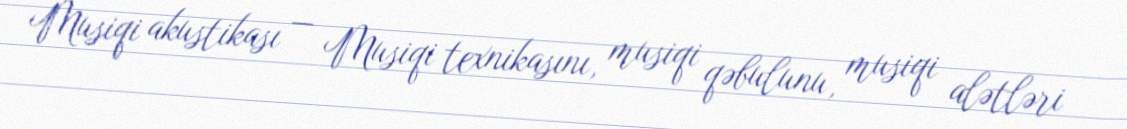
Musiqi akustikası — Musiqi texnikasını, musiqi qəbulunu, musiqi alətləri